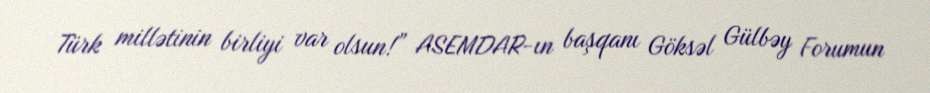
Türk millətinin birliyi var olsun!” ASEMDAR-ın başqanı Göksəl Gülbəy Forumun